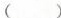
(